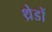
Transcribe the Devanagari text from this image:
थ्रेडों